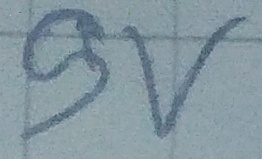
Text: 9V